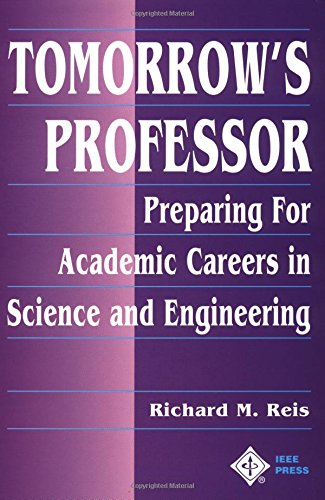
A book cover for Tomorrow's Professor: Preparing for Careers in Science and Engineering; Richard M. Reis; Education & Teaching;